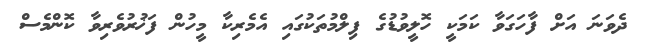
ދެވަނަ އަށް ފާހަގަވާ ކަމަކީ ހޮލީވުޑުގެ ފިލްމުތަކުގައި އެމެރިކާ މީހުން ފަޚުރުވެރިވާ ކޮންމެސް